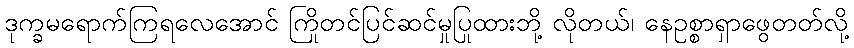
ဒုက္ခမရောက်ကြရလေအောင် ကြိုတင်ပြင်ဆင်မှုပြုထားဘို့ လိုတယ်၊ နေဥစ္စာရှာဖွေတတ်လို့